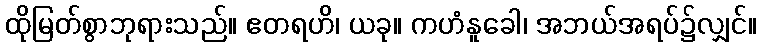
ထိုမြတ်စွာဘုရားသည်။ ဧတရဟိ၊ ယခု။ ကဟံနူခေါ၊ အဘယ်အရပ်၌လျှင်။